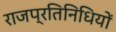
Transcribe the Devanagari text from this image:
राजप्रतिनिधियों